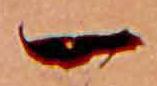
一